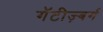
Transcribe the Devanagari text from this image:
गॅटीज़्बर्ग